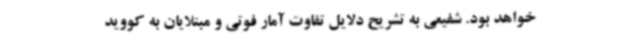
خواهد بود. شفیعی به تشریح دلایل تفاوت آمار فوتی و مبتلایان به کووید